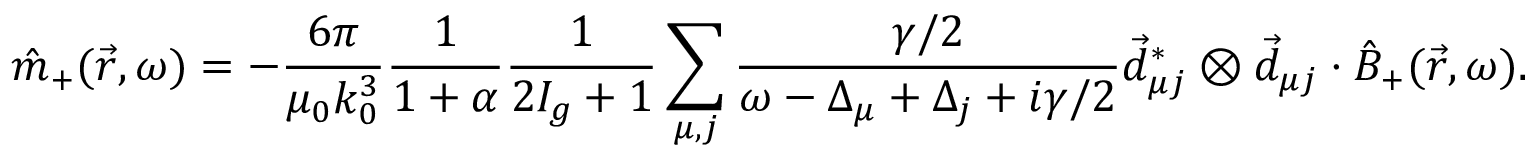
\hat { m } _ { + } ( \vec { r } , \omega ) = - \frac { 6 \pi } { \mu _ { 0 } k _ { 0 } ^ { 3 } } \frac { 1 } { 1 + \alpha } \frac { 1 } { 2 I _ { g } + 1 } \sum _ { \mu , j } \frac { \gamma / 2 } { \omega - \Delta _ { \mu } + \Delta _ { j } + i \gamma / 2 } \vec { d } _ { \mu j } ^ { * } \otimes \vec { d } _ { \mu j } \cdot \hat { B } _ { + } ( \vec { r } , \omega ) .